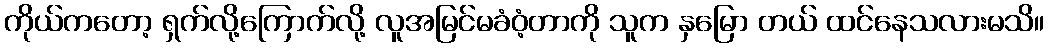
ကိုယ်ကတော့ ရှက်လို့ကြောက်လို့ လူအမြင်မခံဝံ့တာကို သူက နှမြော တယ် ထင်နေသလားမသိ။